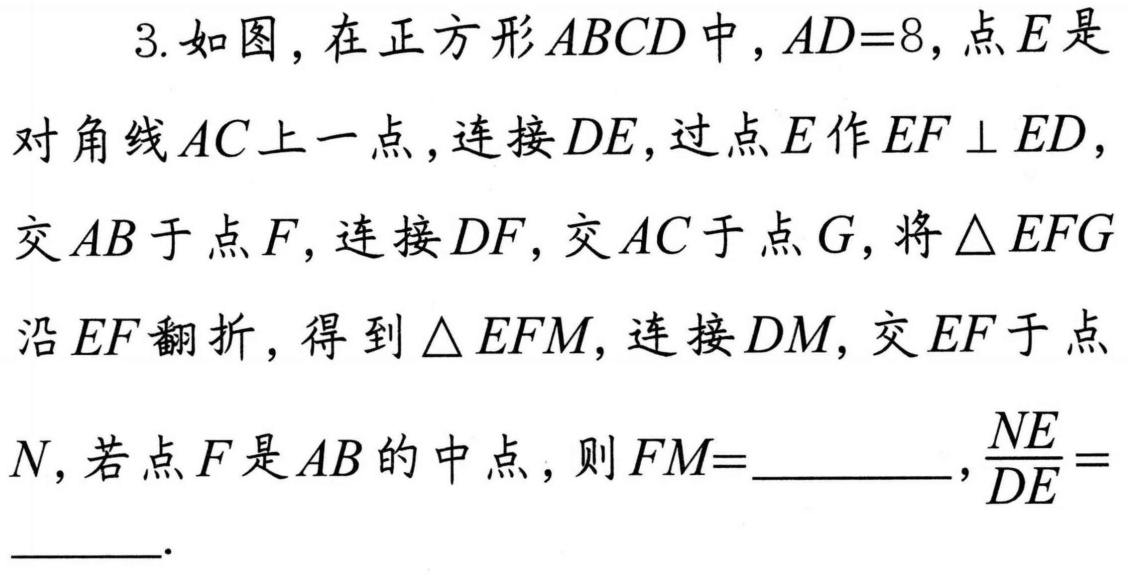
3. 如图，在正方形$ABCD$中，$AD = 8$，点$E$是对角线$AC$上一点，连接$DE$，过点$E$作$EF\perp ED$，交$AB$于点$F$，连接$DF$，交$AC$于点$G$，将$\triangle EFG$沿$EF$翻折，得到$\triangle EFM$，连接$DM$，交$EF$于点$N$，若点$F$是$AB$的中点，则$FM = \underline{\qquad\qquad}$，$\frac{NE}{DE} = \underline{\qquad}$.